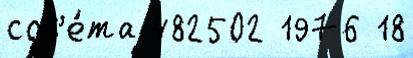
сов'е́та 482502 1976 18